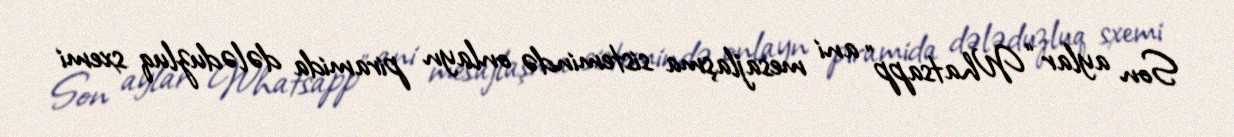
Son aylar “Whatsapp” ani mesajlaşma sistemində onlayn piramida dələduzluq sxemi